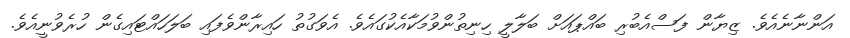
އަންނާނެއެވެ. ޒިޔާން ފަސްއެބުރި ބައްޕައަށް ބަލާލީ ހިނިތުންވުމަކާއެކުގައެވެ. އެވަގުތު ހައިރާންވެފައި ބަލަހައްޓައިގެން ހުރެވުނީއެވެ.